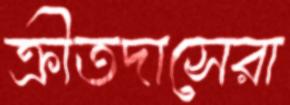
ক্রীতদাসেরা